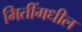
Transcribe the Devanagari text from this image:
मितींमधील